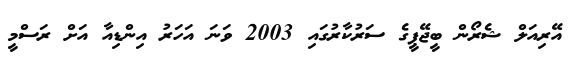
އޭރިއަލް ޝެރޯން ބީޖޭޕީގެ ސަރުކާރުގައި 2003 ވަނަ އަހަރު އިންޑިއާ އަށް ރަސްމީ